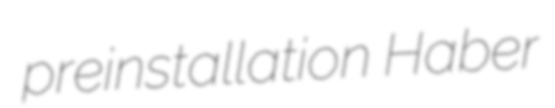
preinstallation Haber